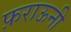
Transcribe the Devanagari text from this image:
फ़राऊनी